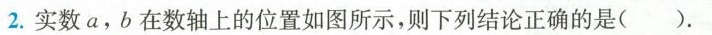
2.实数a，b在数轴上的位置如图所示，则下列结论正确的是()。